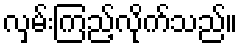
လှမ်းကြည့်လိုက်သည်။